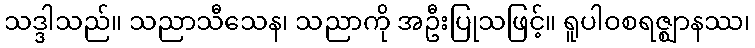
သဒ္ဒါသည်။ သညာသီသေန၊ သညာကို အဦးပြုသဖြင့်။ ရူပါဝစရဇ္ဈာနဿ၊